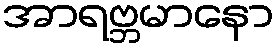
အာရဗ္ဘမာနော